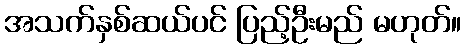
အသက်နှစ်ဆယ်ပင် ပြည့်ဦးမည် မဟုတ်။